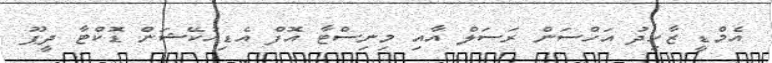
އެމްޑީ ޒާހިދު އަހްސަން ރަސަލް އާއި މިނިސްޓާ އޮފް އެޑިއުކޭޝަން ޑޮކްޓާ ދީޕޫ